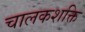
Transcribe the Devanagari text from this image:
चालकशक्ति